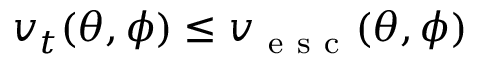
v _ { t } ( \theta , \phi ) \leq v _ { \mathrm { ~ e ~ s ~ c ~ } } ( \theta , \phi )